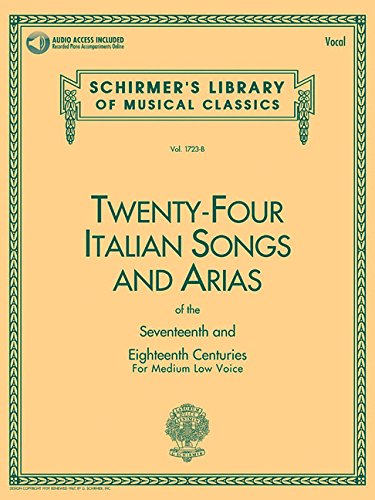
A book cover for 24 Italian Songs & Arias of the 17th & 18th Centuries: Medium Low Voice - Book with Online Audio (Schirmer's Library of Musical Classics); Humor & Entertainment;